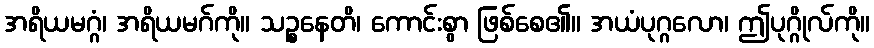
အရိယမဂ္ဂံ၊ အရိယမဂ်ကို။ သဉ္စနေတိ၊ ကောင်းစွာ ဖြစ်စေ၏။ အယံပုဂ္ဂလော၊ ဤပုဂ္ဂိုလ်ကို။